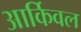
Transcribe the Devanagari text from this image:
आर्किवल